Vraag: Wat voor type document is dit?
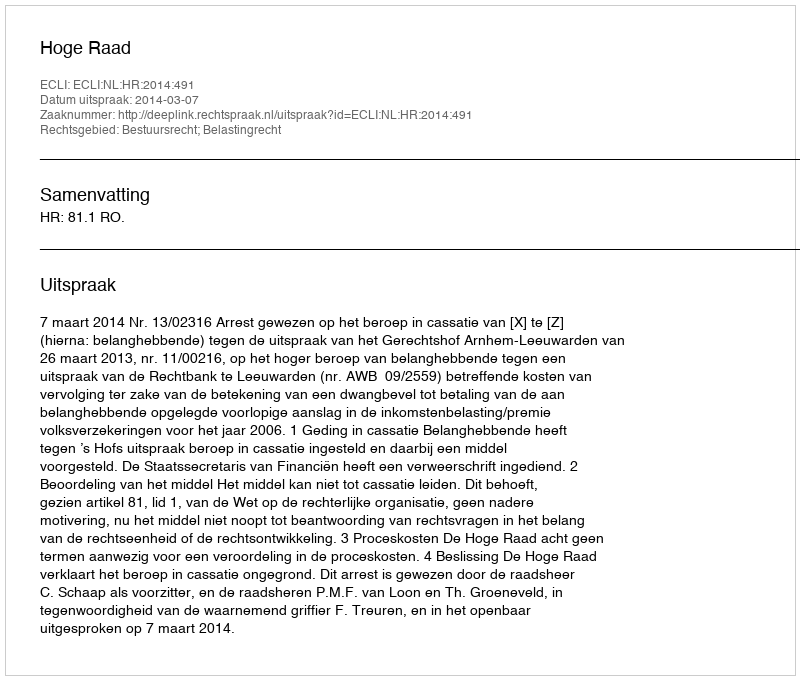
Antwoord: Uitspraak